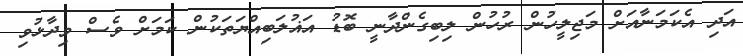
އަދި އެކަމަނާއަށް މަޖިލީހުން ރުހުން ލިބިގެންދާނީ ބޮޑު އަޣުލަބިއްޔަތަކުން ކަމަށް ވެސް ވިދާޅުވި